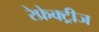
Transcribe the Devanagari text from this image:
रेफ्रेक्ट्रीज